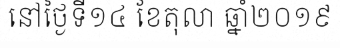
នៅថ្ងៃទី១៤ ខែតុលា ឆ្នាំ២០១៩